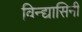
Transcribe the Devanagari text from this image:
विन्द्यासिनी